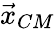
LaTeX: {\vec{x}}_{CM}